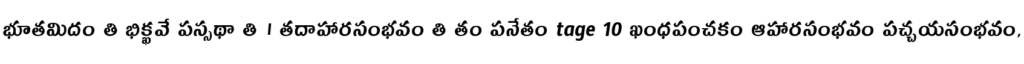
భూతమిదం తి భిక్ఖవే పస్సథా తి । తదాహారసంభవం తి తం పనేతం tage 10 ఖంధపంచకం ఆహారసంభవం పచ్చయసంభవం,